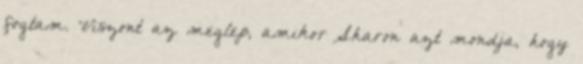
fogtam. Viszont az meglep, amikor Sharon azt mondja, hogy